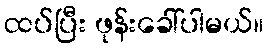
ထပ်ပြီး ဖုန်းခေါ်ပါမယ်။